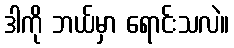
ဒါကို ဘယ်မှာ ရောင်းသလဲ။